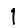
Digit: 1